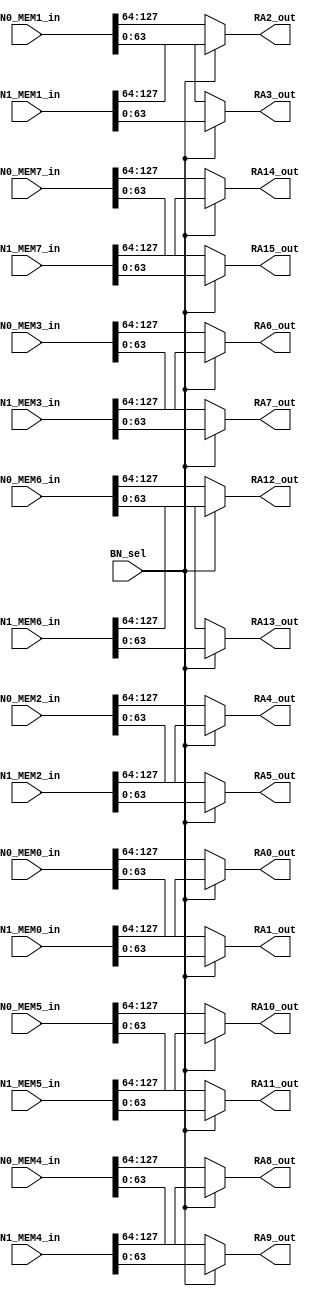
module Mux2(RA0_out,                                                                                   
			  RA1_out,                                                                                   
			  RA2_out,                                                                                   
			  RA3_out,                                                                                   
			  RA4_out,                                                                                   
			  RA5_out,                                                                                   
			  RA6_out,                                                                                   
			  RA7_out,                                                                                   
			  RA8_out,                                                                                   
			  RA9_out,                                                                                   
			  RA10_out,                                                                                  
			  RA11_out,                                                                                  
			  RA12_out,                                                                                  
			  RA13_out,                                                                                  
			  RA14_out,                                                                                  
			  RA15_out,                                                                                  
		      BN0_MEM0_in,                                                                               
			  BN0_MEM1_in,                                                                               
			  BN0_MEM2_in,                                                                               
			  BN0_MEM3_in,                                                                               
			  BN0_MEM4_in,                                                                               
			  BN0_MEM5_in,                                                                               
			  BN0_MEM6_in,                                                                               
			  BN0_MEM7_in,                                                                               
			  BN1_MEM0_in,                                                                               
			  BN1_MEM1_in,                                                                               
			  BN1_MEM2_in,                                                                               
			  BN1_MEM3_in,                                                                               
			  BN1_MEM4_in,                                                                               
			  BN1_MEM5_in,                                                                               
			  BN1_MEM6_in,                                                                               
			  BN1_MEM7_in,                                                                               
			  BN_sel                                                                                     
			  ) ;                                                                                        
			                                                                                             
			                                                                                             
parameter SD_WIDTH  = 128 ;                                                                            
parameter P_WIDTH   = 64 ;                                                                             
parameter SEG1      = 64 ;                                                                             
parameter SEG2      = 128 ;                                                                            
                                                                                                       
                                                                                                       
output [P_WIDTH-1:0] RA0_out ;                                                                         
output [P_WIDTH-1:0] RA1_out ;                                                                         
output [P_WIDTH-1:0] RA2_out ;                                                                         
output [P_WIDTH-1:0] RA3_out ;                                                                         
output [P_WIDTH-1:0] RA4_out ;                                                                         
output [P_WIDTH-1:0] RA5_out ;                                                                         
output [P_WIDTH-1:0] RA6_out ;                                                                         
output [P_WIDTH-1:0] RA7_out ;                                                                         
output [P_WIDTH-1:0] RA8_out ;                                                                         
output [P_WIDTH-1:0] RA9_out ;                                                                         
output [P_WIDTH-1:0] RA10_out ;                                                                        
output [P_WIDTH-1:0] RA11_out ;                                                                        
output [P_WIDTH-1:0] RA12_out ;                                                                        
output [P_WIDTH-1:0] RA13_out ;                                                                        
output [P_WIDTH-1:0] RA14_out ;                                                                        
output [P_WIDTH-1:0] RA15_out ;                                                                        
                                                                                                       
input [SD_WIDTH-1:0] BN0_MEM0_in ;                                                                     
input [SD_WIDTH-1:0] BN0_MEM1_in ;                                                                     
input [SD_WIDTH-1:0] BN0_MEM2_in ;                                                                     
input [SD_WIDTH-1:0] BN0_MEM3_in ;                                                                     
input [SD_WIDTH-1:0] BN0_MEM4_in ;                                                                     
input [SD_WIDTH-1:0] BN0_MEM5_in ;                                                                     
input [SD_WIDTH-1:0] BN0_MEM6_in ;                                                                     
input [SD_WIDTH-1:0] BN0_MEM7_in ;                                                                     
input [SD_WIDTH-1:0] BN1_MEM0_in ;                                                                     
input [SD_WIDTH-1:0] BN1_MEM1_in ;                                                                     
input [SD_WIDTH-1:0] BN1_MEM2_in ;                                                                     
input [SD_WIDTH-1:0] BN1_MEM3_in ;                                                                     
input [SD_WIDTH-1:0] BN1_MEM4_in ;                                                                     
input [SD_WIDTH-1:0] BN1_MEM5_in ;                                                                     
input [SD_WIDTH-1:0] BN1_MEM6_in ;                                                                     
input [SD_WIDTH-1:0] BN1_MEM7_in ;                                                                     
input                BN_sel ;                                                                          
                                                                                                       
                                                                                                       
                                                                                                       
	// Radix-16 op_0                                                                                     
	assign RA0_out = (BN_sel==1'b1)? (BN1_MEM0_in[SEG2-1:SEG1]) : (BN0_MEM0_in[SEG2-1:SEG1]) ;           
	// Radix-16 op_1                                                                                     
	assign RA1_out = (BN_sel==1'b1)? (BN1_MEM0_in[SEG1-1:0]) : (BN0_MEM0_in[SEG1-1:0]) ;                 
	// Radix-16 op_2                                                                                     
	assign RA2_out = (BN_sel==1'b1)? (BN1_MEM1_in[SEG2-1:SEG1]) : (BN0_MEM1_in[SEG2-1:SEG1]) ;           
	// Radix-16 op_3                                                                                     
	assign RA3_out = (BN_sel==1'b1)? (BN1_MEM1_in[SEG1-1:0]) : (BN0_MEM1_in[SEG1-1:0]) ;                 
	// Radix-16 op_4                                                                                     
	assign RA4_out = (BN_sel==1'b1)? (BN1_MEM2_in[SEG2-1:SEG1]) : (BN0_MEM2_in[SEG2-1:SEG1]) ;           
	// Radix-16 op_5                                                                                     
	assign RA5_out = (BN_sel==1'b1)? (BN1_MEM2_in[SEG1-1:0]) : (BN0_MEM2_in[SEG1-1:0]) ;                 
	// Radix-16 op_6                                                                                     
	assign RA6_out = (BN_sel==1'b1)? (BN1_MEM3_in[SEG2-1:SEG1]) : (BN0_MEM3_in[SEG2-1:SEG1]) ;           
	// Radix-16 op_7                                                                                     
	assign RA7_out = (BN_sel==1'b1)? (BN1_MEM3_in[SEG1-1:0]) : (BN0_MEM3_in[SEG1-1:0]) ;                 
	// Radix-16 op_8                                                                                     
	assign RA8_out = (BN_sel==1'b1)? (BN1_MEM4_in[SEG2-1:SEG1]) : (BN0_MEM4_in[SEG2-1:SEG1]) ;           
	// Radix-16 op_9                                                                                     
	assign RA9_out = (BN_sel==1'b1)? (BN1_MEM4_in[SEG1-1:0]) : (BN0_MEM4_in[SEG1-1:0]) ;                 
	// Radix-16 op_10                                                                                    
	assign RA10_out = (BN_sel==1'b1)? (BN1_MEM5_in[SEG2-1:SEG1]) : (BN0_MEM5_in[SEG2-1:SEG1]) ;          
	// Radix-16 op_11                                                                                    
	assign RA11_out = (BN_sel==1'b1)? (BN1_MEM5_in[SEG1-1:0]) : (BN0_MEM5_in[SEG1-1:0]) ;                
	// Radix-16 op_12                                                                                    
	assign RA12_out = (BN_sel==1'b1)? (BN1_MEM6_in[SEG2-1:SEG1]) : (BN0_MEM6_in[SEG2-1:SEG1]) ;          
	// Radix-16 op_13                                                                                    
	assign RA13_out = (BN_sel==1'b1)? (BN1_MEM6_in[SEG1-1:0]) : (BN0_MEM6_in[SEG1-1:0]) ;                
	// Radix-16 op_14                                                                                    
	assign RA14_out = (BN_sel==1'b1)? (BN1_MEM7_in[SEG2-1:SEG1]) : (BN0_MEM7_in[SEG2-1:SEG1]) ;          
	// Radix-16 op_15                                                                                    
	assign RA15_out = (BN_sel==1'b1)? (BN1_MEM7_in[SEG1-1:0]) : (BN0_MEM7_in[SEG1-1:0]) ;                
	                                                                                                     
endmodule